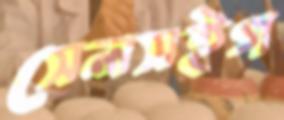
সেলসইগ